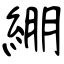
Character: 綳